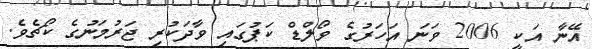
އޭނާ އަކީ 2006 ވަނަ އަހަރުގެ ވޯލްޑް ކަޕުގައި ވާދަކުރި ޖަރުމަނުގެ ކޯޗެވެ.